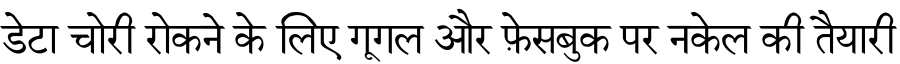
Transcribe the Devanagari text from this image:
डेटा चोरी रोकने के लिए गूगल और फ़ेसबुक पर नकेल की तैयारी